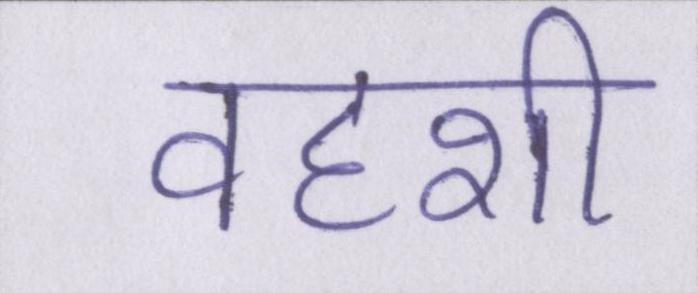
वहशी